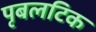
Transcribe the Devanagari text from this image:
पृबलटिक